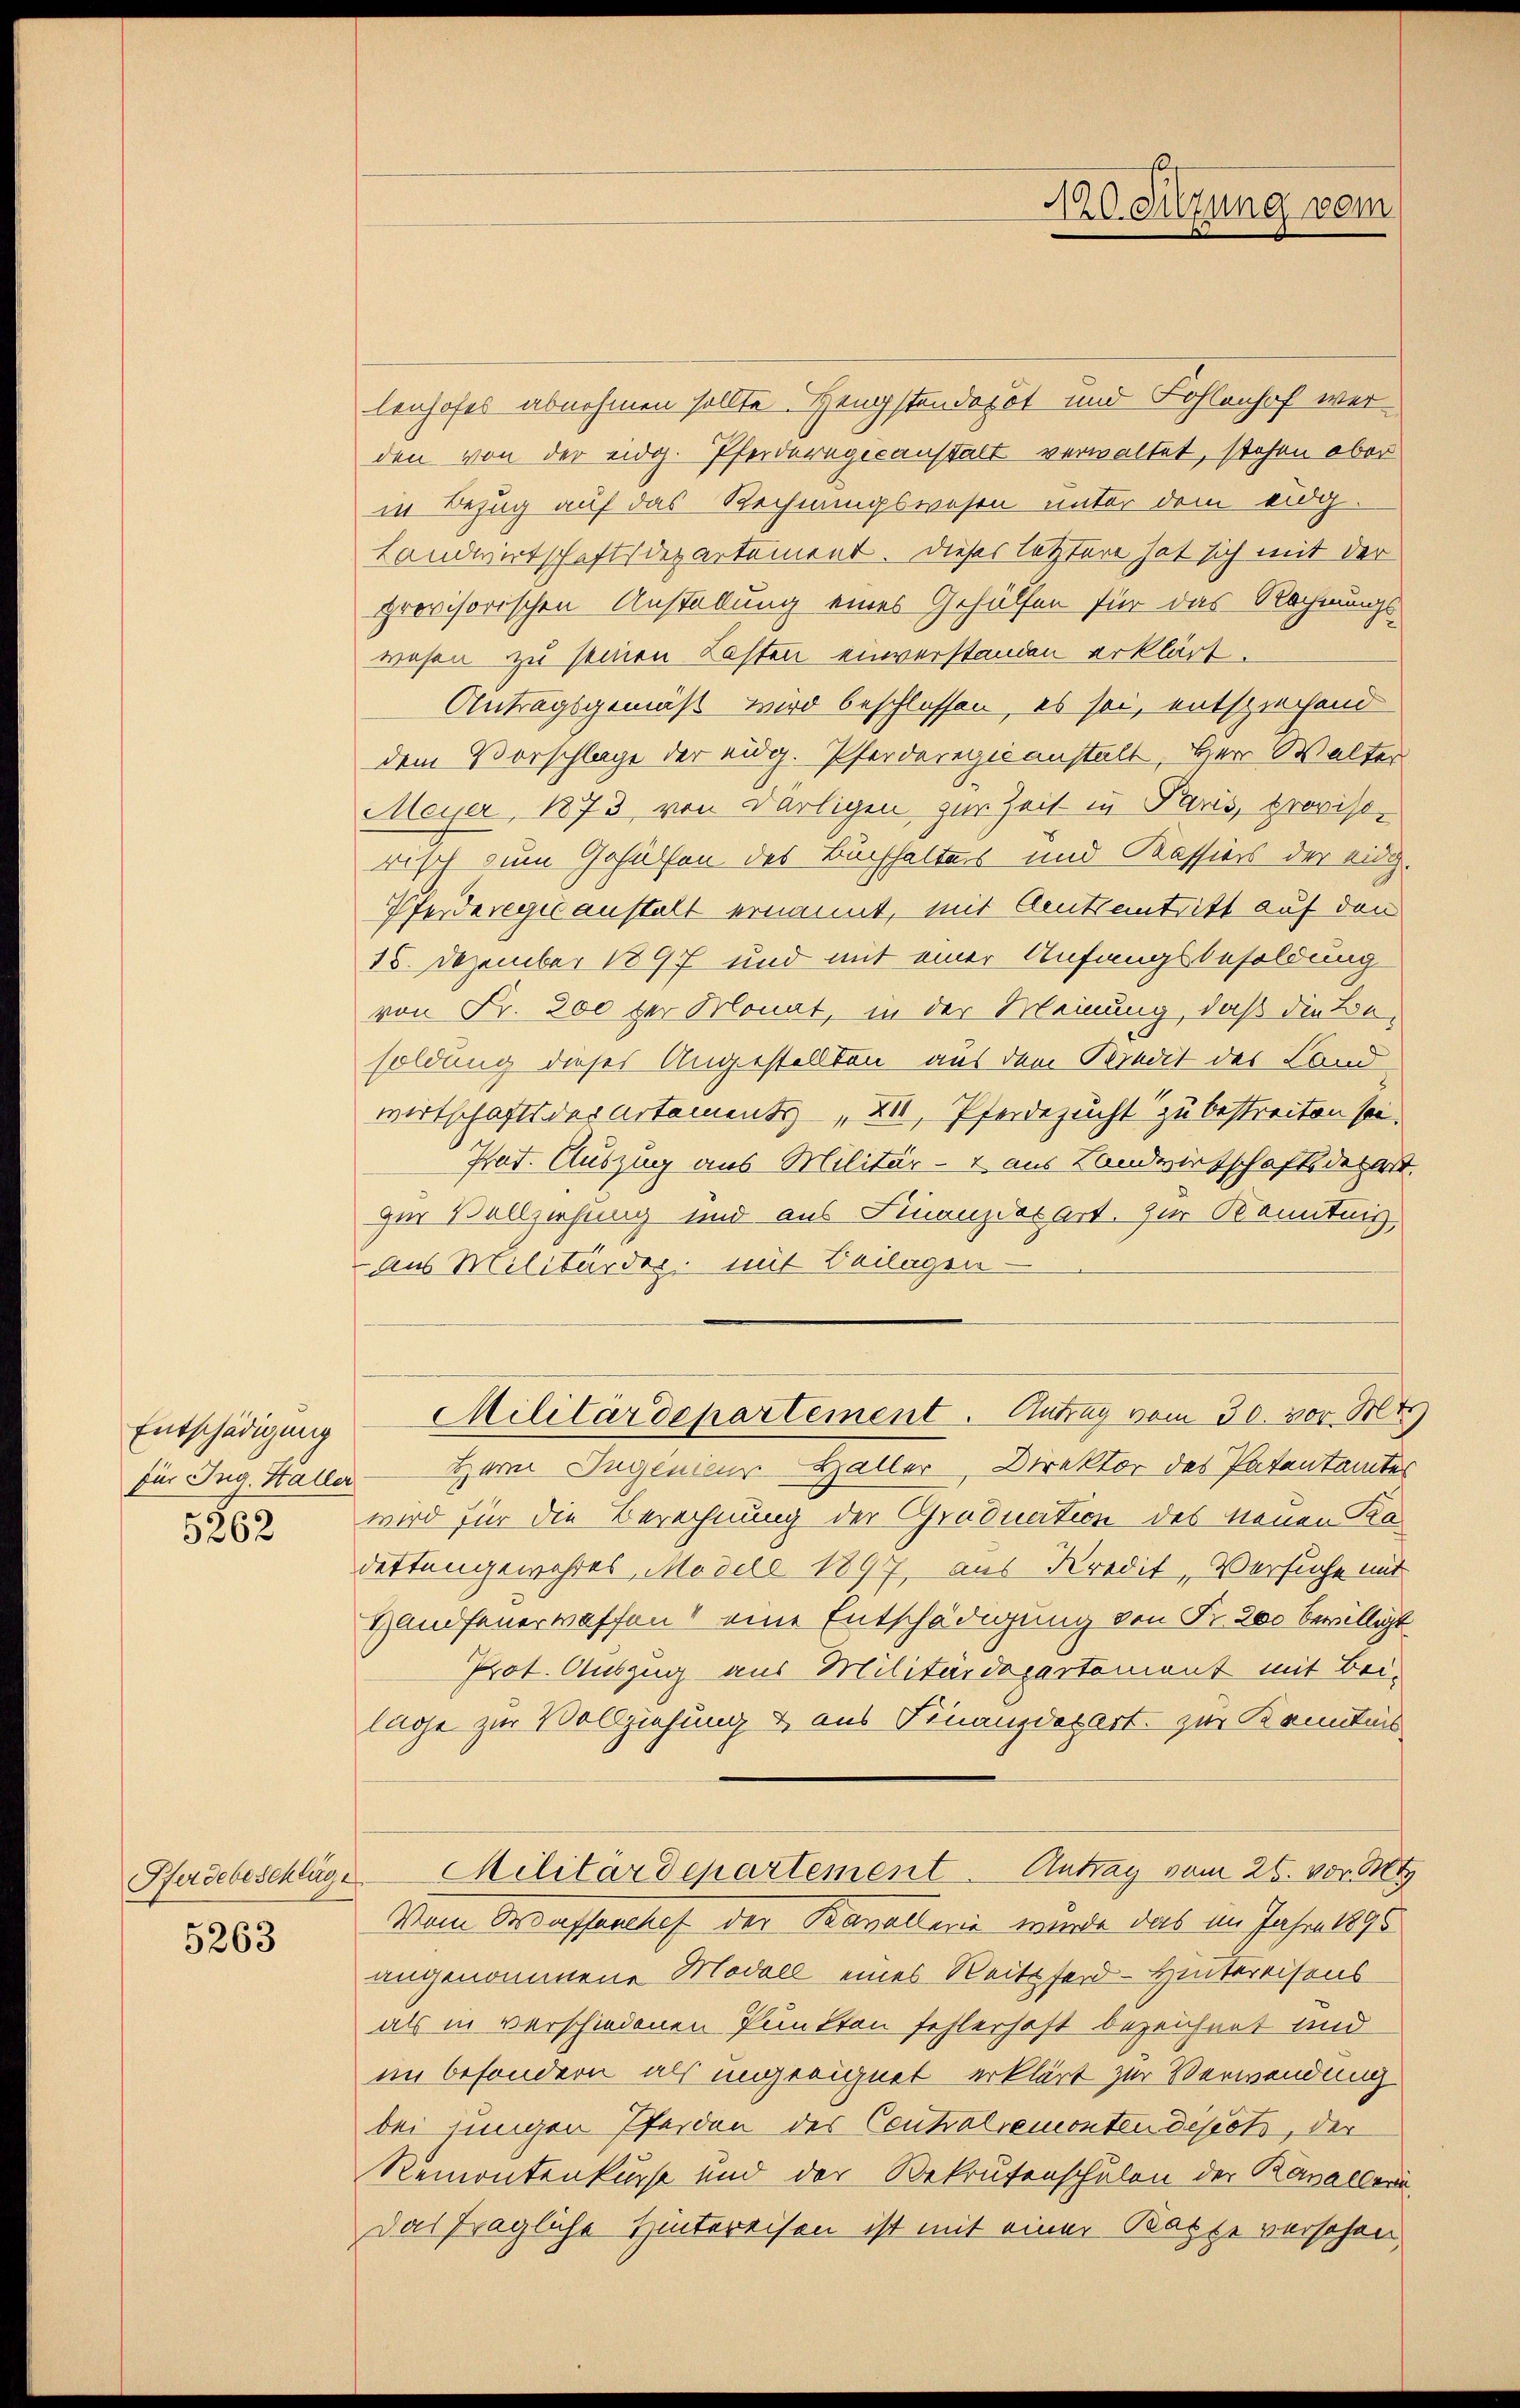
Entschädigung
für Ing. Haller
5262

Pferdebeschläge
5263

lenhofes abnehmen sollte. Hengstendepot und Fohlenhof werden von der eidg. Pferderegicanstalt verwaltet, stehen aber
in Bezug auf das Rechnungswesen unter dem eidg.
Landwirtschaftsdepartement. Dieses letztere hat sich mit der
provisorischen Anstellung eines Gehülfen für das Rechnungswesen zu seinen Lasten einverstanden erklärt.
Antragsgemäß wird beschlossen, es sei, entsprechend
dem Vorschlage der eidg. Pferderegis anstalt, Herr Walter
Meyer, 1873 von Darligen zur Zeit in Paris, provisorisch zum Gehülfen des Buchhalters und Kassiers der eidg.
Pferderegić anstalt ernannt, mit Amtsantritt auf den
15. Dezember 1897 und mit einer Anfangsbesoldung
von Fr. 800 zur Monat, in der Meinung, daß die Be-
soldung dieses Angestellten aus dem Bredit der Land
wirtschafts der Artements „XII, Pferdezucht zu bestreiten sei.
Prof. Auszug aus Militär - aus Landwirtschaftsdepert
zur Vollziehung und aus Finanzdepart. Zur Kenntnis
Aus Militärder mit Beilagen
Militärdepartement. Antrag vom 30. vor. Mt.
Herrn Ingenieur Haller, Direktor des Patentamte
wird für die Berechnung der Gradnation des neuen Radettengewahres Modele 1897 aus Kredit, Versuche mit
Handfeuerwaffen eine Entschädigung von Fr. 200 bewilligt
Prot. Auszug aus Militärdepartement mit Bei-
lage zur Vollziehung & aus Finanzdepart zur Kenntnis
Militärdepartement. Antrag vom 26. vor M
Vom Wassenches der Kavallerie wurde das im Jahre 1890
angenommene Modell eines Reitsford- Hintereisens
als in verschiedenen Punkten fehlerhaft bezeichnet und
im besondern als ungeeignet erklärt zur Verwendung
bei einigen Pferden des Centralremonten disest, der
Remontenkurse und der Bekrutenschulen der Kavalleri
Das fragliche Hintereisen ist mit einer Kappe versehen,

sitzung vom